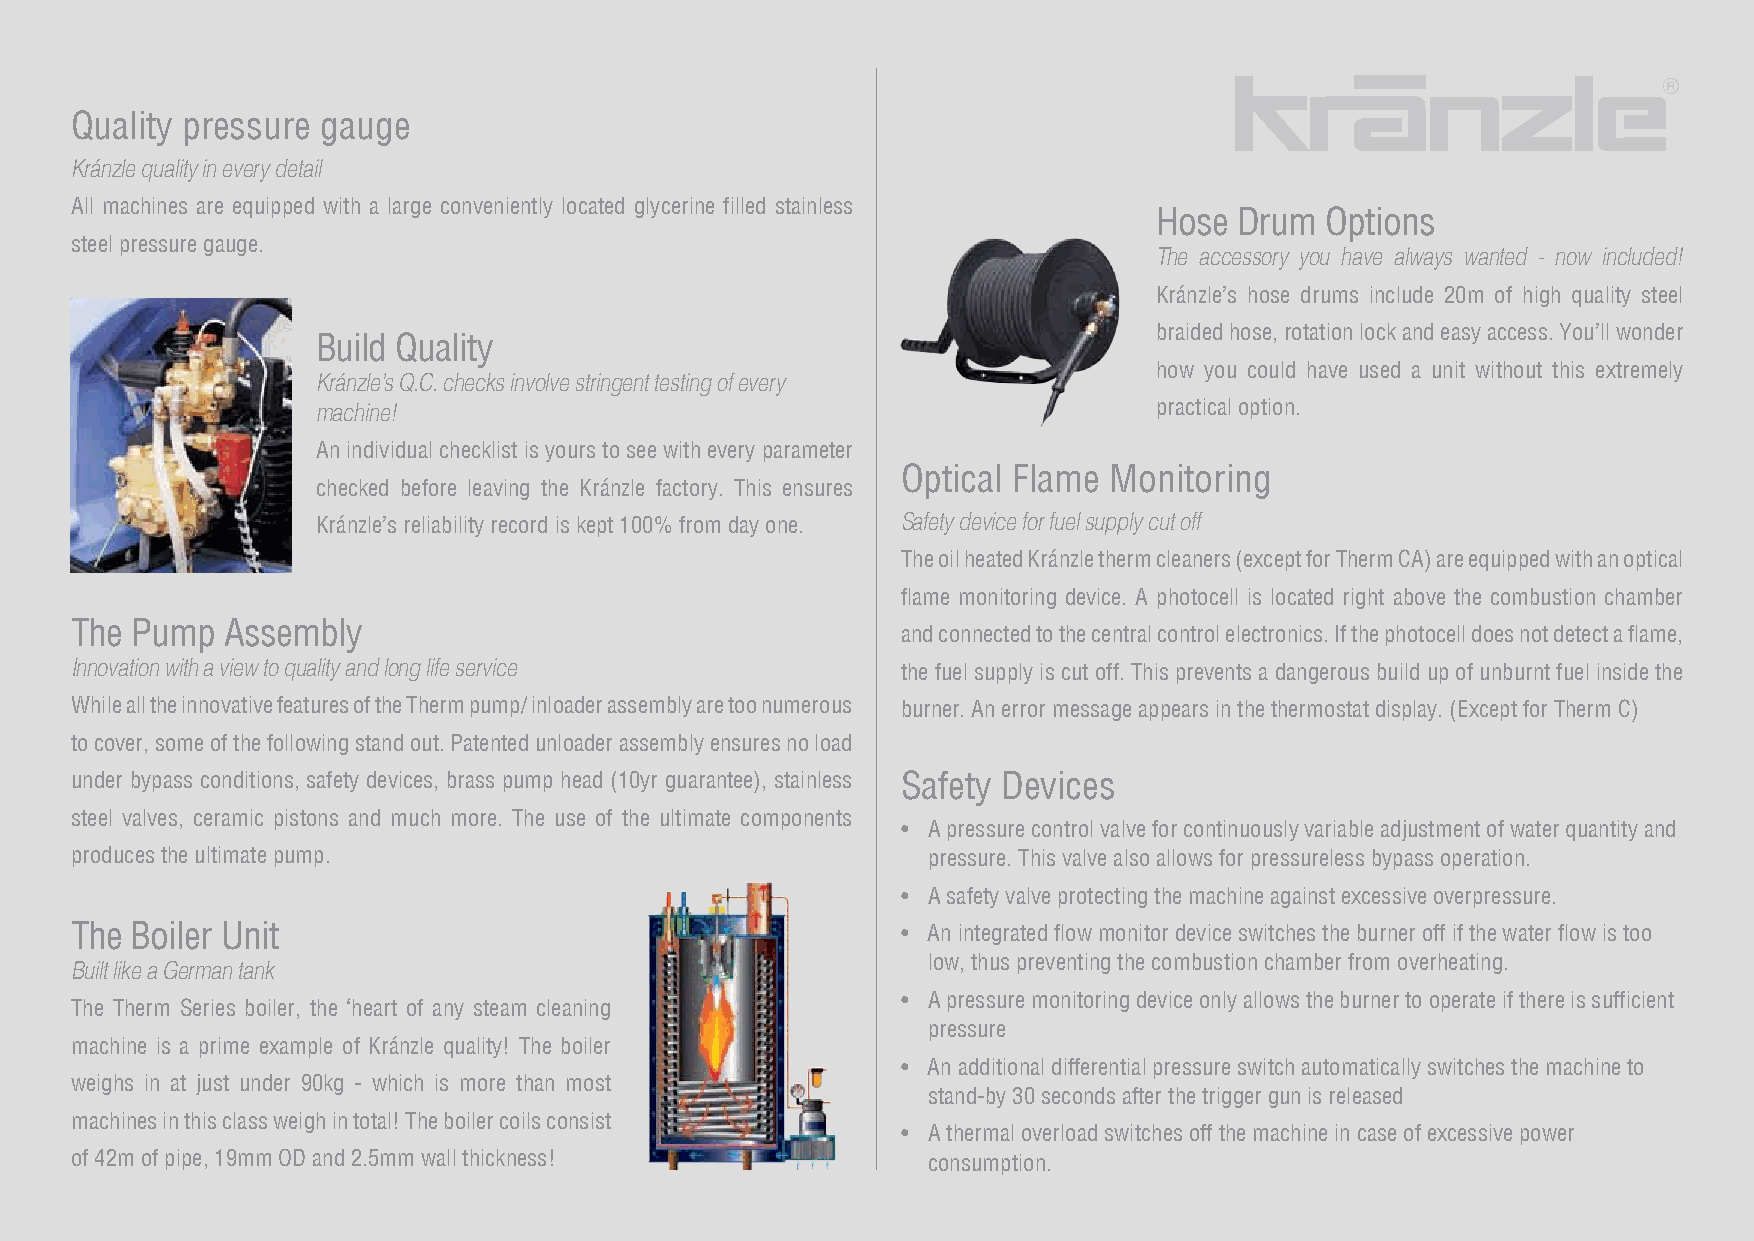
Quality pressure gauge
 Kránzle quality in every detail
 All machines are equipped with a large conveniently located glycerine filled stainless
 Hose Drum  Options
 steel pressure gauge.
 The accessory you have always wanted - now included!
 Kránzle’s hose drums include 20m of high quality steel
 braided hose, rotation lock and easy access. You’ll wonder
 Build Quality
 how you could have used a unit without this extremely
 Kránzle’s Q.C. checks involve stringent testing of every
 machine!                                                practical option.
 An individual checklist is yours to see with every parameter
 Optical Flame Monitoring
 checked before leaving the Kránzle factory. This ensures
 Kránzle’s reliability record is kept 100% from day one. Safety device for fuel supply cut off
 The oil heated Kránzle therm cleaners (except for Therm CA) are equipped with an optical
 flame monitoring device. A photocell is located right above the combustion chamber
 The Pump  Assembly
 and connected to the central control electronics. If the photocell does not detect a flame,
 Innovation with a view to quality and long life service the fuel supply is cut off. This prevents a dangerous build up of unburnt fuel inside the
 While all the innovative features of the Therm pump/ inloader assembly are too numerous burner. An error message appears in the thermostat display. (Except for Therm C)
 to cover, some of the following stand out. Patented unloader assembly ensures no load
 under bypass conditions, safety devices, brass pump head (10yr guarantee), stainless Safety Devices
 steel valves, ceramic pistons and much more. The use of the ultimate components
 • A pressure control valve for continuously variable adjustment of water quantity and
 produces the ultimate pump.                             pressure. This valve also allows for pressureless bypass operation.
 • A safety valve protecting the machine against excessive overpressure.
 The Boiler Unit                                        • An integrated flow monitor device switches the burner off if the water flow is too
 low, thus preventing the combustion chamber from overheating.
 Built like a German tank
 • A pressure monitoring device only allows the burner to operate if there is sufficient
 The Therm Series boiler, the ‘heart of any steam cleaning
 pressure
 machine is a prime example of Kránzle quality! The boiler
 • An additional differential pressure switch automatically switches the machine to
 weighs in at just under 90kg - which is more than most
 stand-by 30 seconds after the trigger gun is released
 machines in this class weigh in total! The boiler coils consist
 • A thermal overload switches off the machine in case of excessive power
 of 42m of pipe, 19mm OD and 2.5mm wall thickness!       consumption.